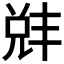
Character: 𫤛